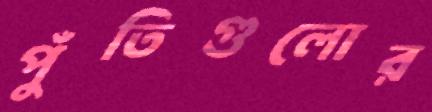
পুঁতিগুলোর